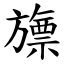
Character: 旚